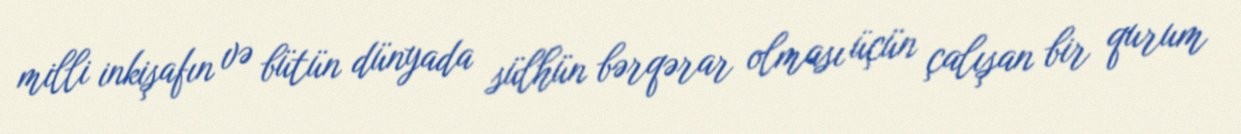
milli inkişafın və bütün dünyada sülhün bərqərar olması üçün çalışan bir qurum